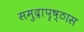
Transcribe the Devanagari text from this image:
समुद्रापृष्ठास